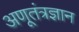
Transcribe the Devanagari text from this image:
अणूतंत्रज्ञान